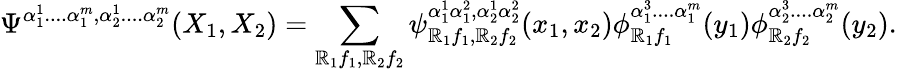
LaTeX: \Psi^{\alpha_{1}^{1}....\alpha_{1}^{m},\alpha_{2}^{1}....\alpha_{2}^{m}}(X_{1},X_{2})=\sum_{\mathbb{R}_{1}f_{1},\mathbb{R}_{2}f_{2}}\psi_{\mathbb{R}_{1}f_{1},\mathbb{R}_{2}f_{2}}^{\alpha_{1}^{1}\alpha_{1}^{2},\alpha_{2}^{1}\alpha_{2}^{2}}(x_{1},x_{2})\phi_{\mathbb{R}_{1}f_{1}}^{\alpha_{1}^{3}....\alpha_{1}^{m}}(y_{1})\phi_{\mathbb{R}_{2}f_{2}}^{\alpha_{2}^{3}....\alpha_{2}^{m}}(y_{2}).